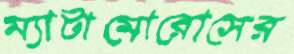
ম্যাটামোরোসের